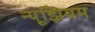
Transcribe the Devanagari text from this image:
न्यूझियम